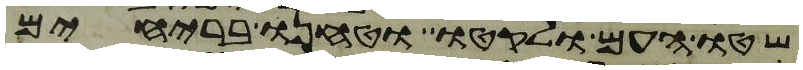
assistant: שטו העם ולקטו וטחנו ברחים